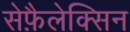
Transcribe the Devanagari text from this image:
सेफ़ैलेक्सिन